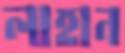
লাহান